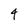
Character: 4